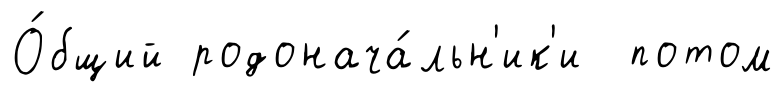
О́бщий родонача́льн'ик'и потом